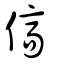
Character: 傐